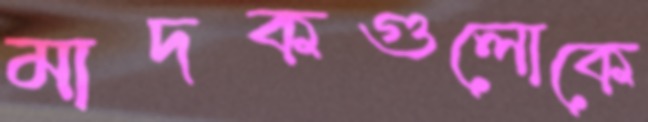
মাদকগুলোকে